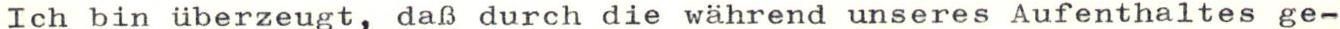
Ich bin überzeugt, daß durch die während unseres Aufenthaltes ge-